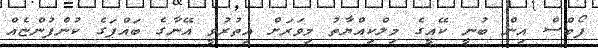
ފޯބްސް އިން ބުނީ ކޭއީގެ މިލްކިއްޔާތު މިވަރަށް އިތުރުވީ އޭނާގެ ބައްޕަގެ ކުންފުންޏެއް